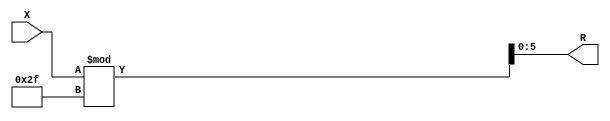
module x_400_mod_47_reg(
    input [400:1] X,
    output [6:1] R
    );


assign R = X % 47;

endmodule